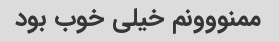
ممنووونم خیلی خوب بود